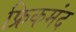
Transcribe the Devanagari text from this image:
फ्रिकमंद